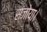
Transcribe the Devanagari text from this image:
संजोया।